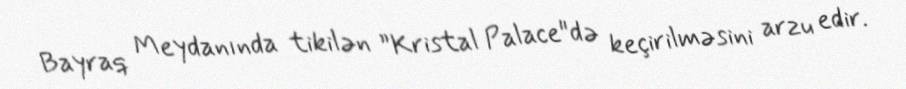
Bayraq Meydanında tikilən ”Kristal Palace"də keçirilməsini arzu edir.